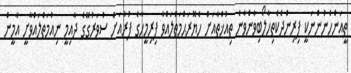
ތީއަންހެނުންނަކީ ފިރިންދެކެތިހާލޯބިވާންވާނެ ތިއުޚްތާއަށް ހެޔޮރަޙްމަތްލައްވާ ފިރިމީހާގެ ފުރާއަށް ސުވަރުގޭގެ ދާއިމީ ނިއުމަތްލައްވާށީ އާމީން